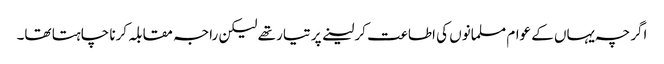
اگرچہ یہاں کے عوام مسلمانوں کی اطاعت کر لینے پر تیار تھے لیکن راجہ مقابلہ کرنا چاہتا تھا۔